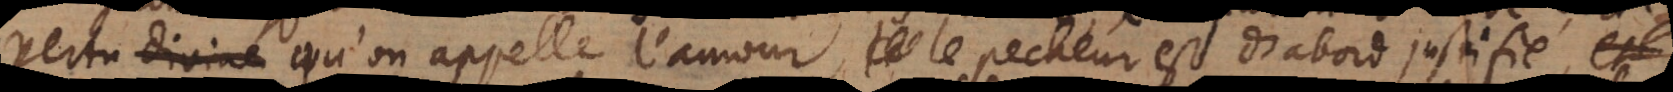
vertu qu’on appelle l’amour, le pecheur est d’abord justifié, le